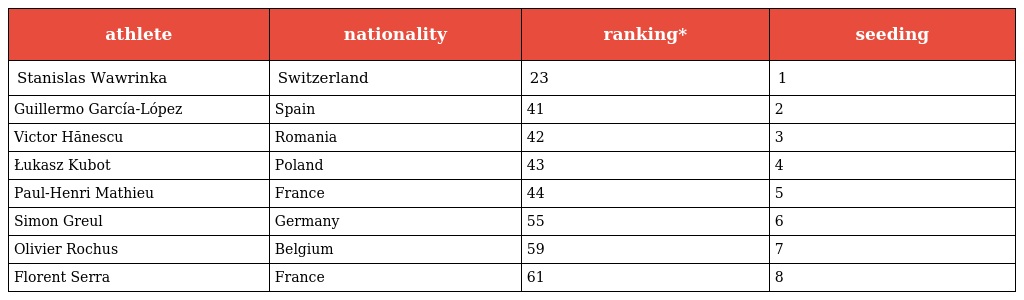
| athlete | nationality | ranking* | seeding |
 | --- | --- | --- | --- |
 | Stanislas Wawrinka | Switzerland | 23 | 1 |
 | Guillermo García-López | Spain | 41 | 2 |
 | Victor Hănescu | Romania | 42 | 3 |
 | Łukasz Kubot | Poland | 43 | 4 |
 | Paul-Henri Mathieu | France | 44 | 5 |
 | Simon Greul | Germany | 55 | 6 |
 | Olivier Rochus | Belgium | 59 | 7 |
 | Florent Serra | France | 61 | 8 |